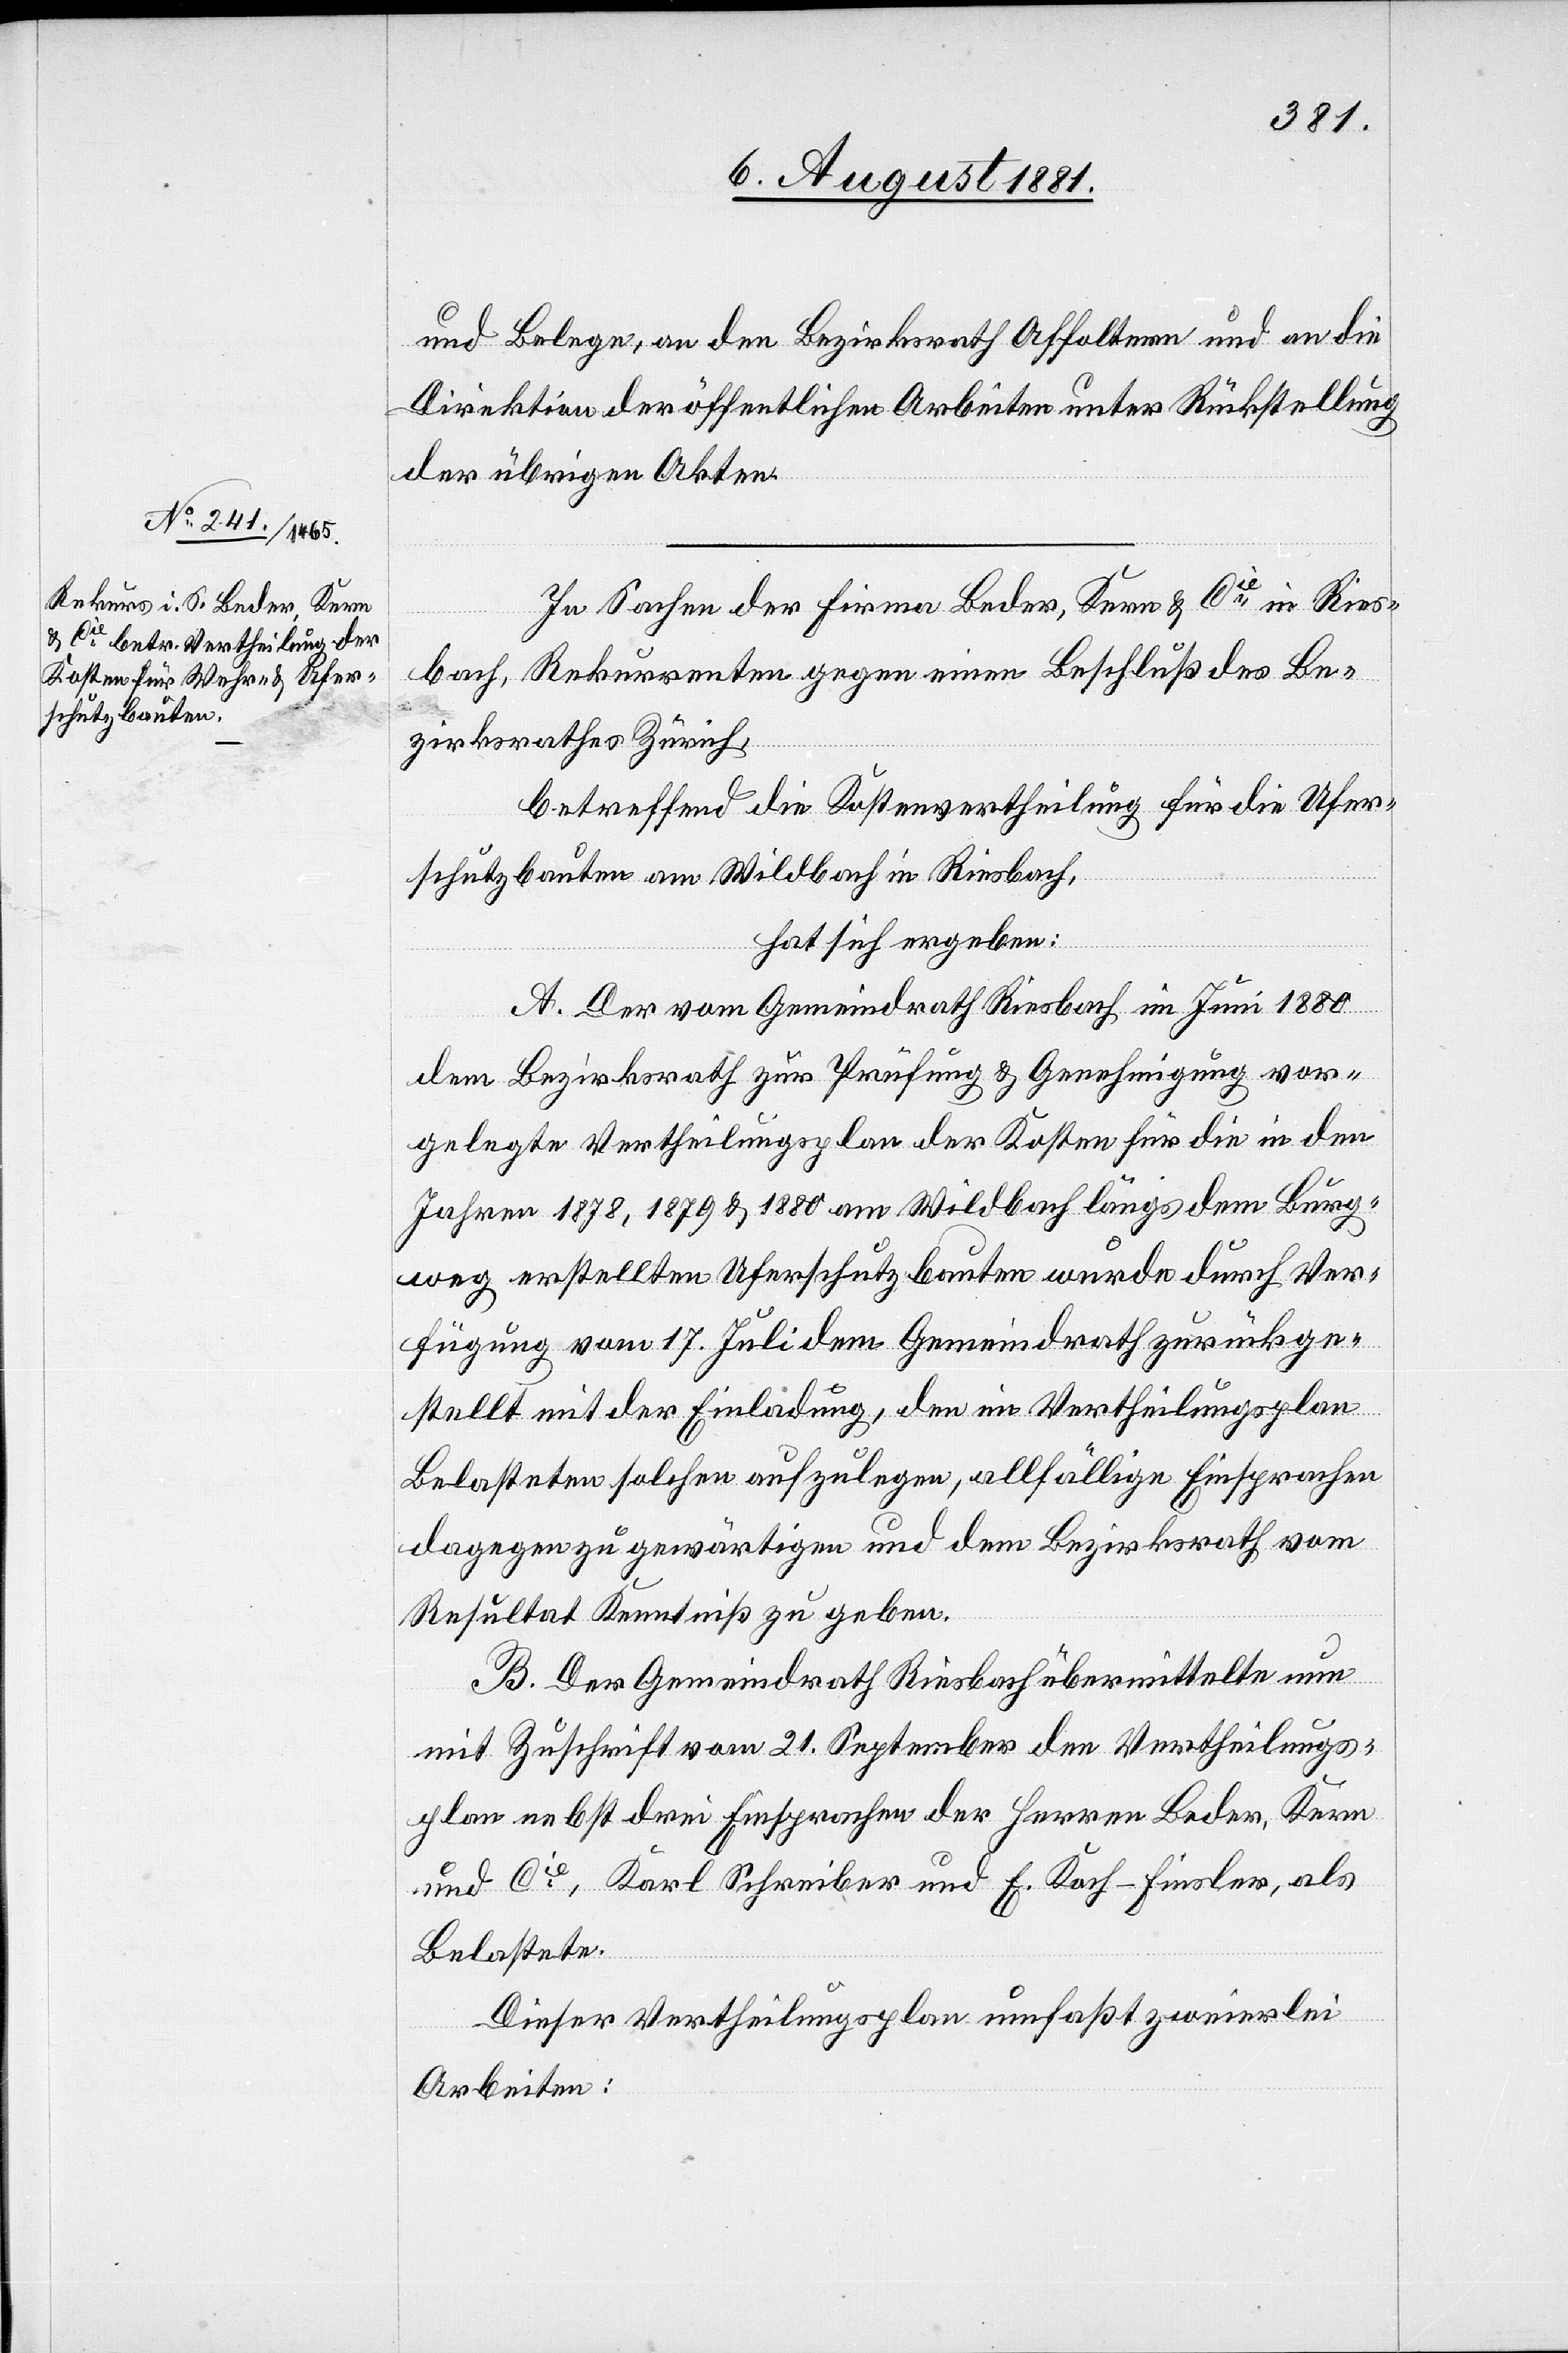
und Belege, an den Bezirksrath Affoltern und an die
Direktion der öffentlichen Arbeiten unter Rückstellung
der übrigen Akten.